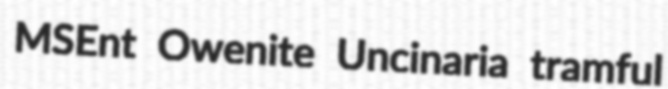
MSEnt Owenite Uncinaria tramful